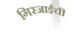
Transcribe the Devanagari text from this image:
गिरजाईची